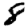
Digit: 8